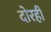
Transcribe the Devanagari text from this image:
दोरही